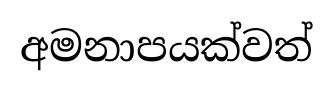
අමනාපයක්වත්